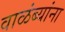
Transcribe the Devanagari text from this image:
वाळंब्यांना